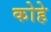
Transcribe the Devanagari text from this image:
कोहे